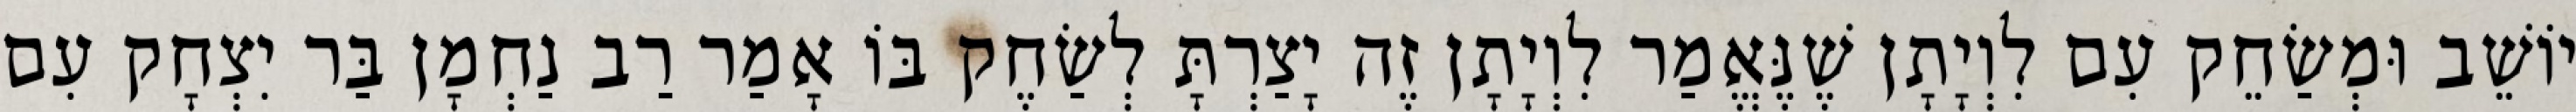
יוֹשֵׁב וּמְשַׂחֵק עִם לִוְיָתָן שֶׁנֶּאֱמַר לִוְיָתָן זֶה יָצַרְתָּ לְשַׂחֶק בּוֹ אָמַר רַב נַחְמָן בַּר יִצְחָק עִם